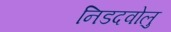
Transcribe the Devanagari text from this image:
निडदवोलु